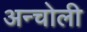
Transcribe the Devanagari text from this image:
अन्चोली